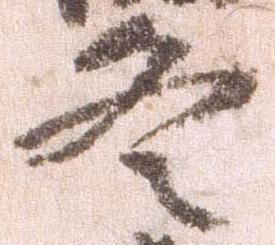
冬